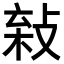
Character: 𢽫